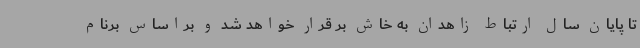
تا پایان سال ارتباط زاهدان به خاش بر قرار خواهد شد و براساس برنام